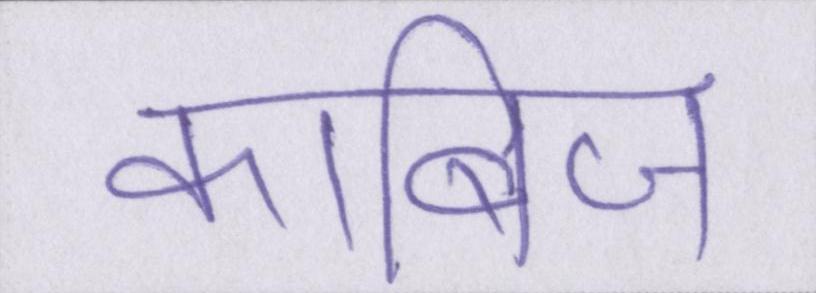
काबिज